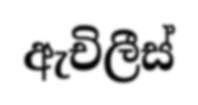
ඇචිලීස්